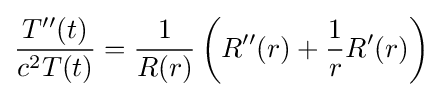
{\frac {T''(t)}{c^{2}T(t)}}={\frac {1}{R(r)}}\left(R''(r)+{\frac {1}{r}}R'(r)\right)